Indian journal of veterinary science and animal husbandry - Volume 4,
Year: 1934
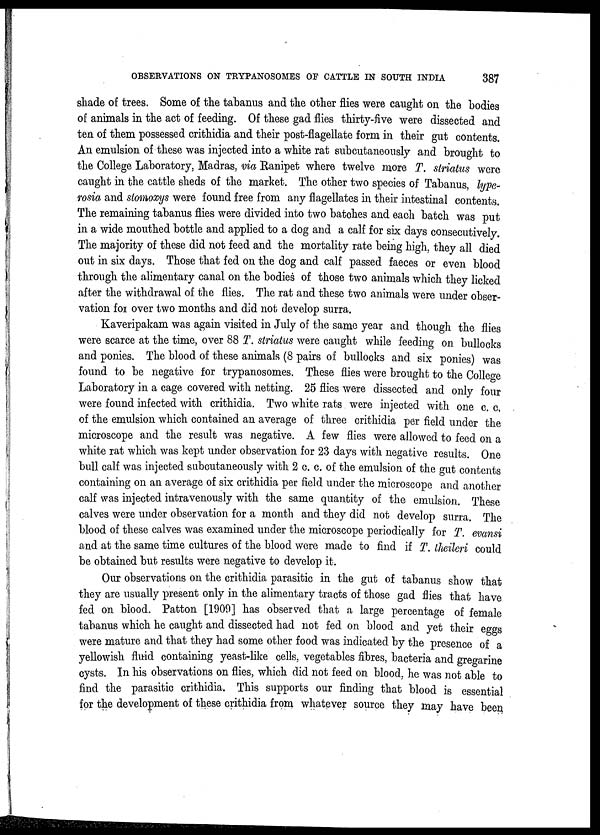
OBSERVATIONS ON TRYPANOSOMES OF CATTLE IN SOUTH INDIA
387
shade of trees. Some of the tabanus and the other flies were caught on the bodies
of animals in the act of feeding. Of these gad flies thirty-five were dissected and
ten of them possessed crithidia and their post-flagellate form in their gut contents.
An emulsion of these was injected into a white rat subcutaneously and brought to
the College Laboratory, Madras, via Ranipet where twelve more T. striatus were
caught in the cattle sheds of the market. The other two species of Tabanus, lype-
rosia and stomoxys were found free from any flagellates in their intestinal contents.
The remaining tabanus flies were divided into two batches and each batch was put
in a wide mouthed bottle and applied to a dog and a calf for six days consecutively.
The majority of these did not feed and the mortality rate being high, they all died
out in six days. Those that fed on the dog and calf passed faeces or even blood
through the alimentary canal on the bodies of those two animals which they licked
after the withdrawal of the flies. The rat and these two animals were under obser-
vation for over two months and did not develop surra.
Kaveripakam was again visited in July of the same year and though the flies
were scarce at the time, over 88 T. striatus were caught while feeding on bullocks
and ponies. The blood of these animals (8 pairs of bullocks and six ponies) was
found to be negative for trypanosomes. These flies were brought to the College
Laboratory in a cage covered with netting. 25 flies were dissected and only four
were found infected with crithidia. Two white rats were injected with one c. c.
of the emulsion which contained an average of three crithidia per field under the
microscope and the result was negative. A few flies were allowed to feed on a
white rat which was kept under observation for 23 days with negative results. One
bull calf was injected subcutaneously with 2 c. c. of the emulsion of the gut contents
containing on an average of six crithidia per field under the microscope and another
calf was injected intravenously with the same quantity of the emulsion. These
calves were under observation for a month and they did not develop surra. The
blood of these calves was examined under the microscope periodically for T. evansi
and at the same time cultures of the blood were made to find if T. theileri could
be obtained but results were negative to develop it.
Our observations on the crithidia parasitic in the gut of tabanus show that
they are usually present only in the alimentary tracts of those gad flies that have
fed on blood. Patton [1909] has observed that a large percentage of female
tabanus which he caught and dissected had not fed on blood and yet their eggs
were mature and that they had some other food was indicated by the presence of a
yellowish fluid containing yeast-like cells, vegetables fibres, bacteria and gregarine
cysts. In his observations on flies, which did not feed on blood, he was not able to
find the parasitic crithidia. This supports our finding that blood is essential
for the development of these crithidia from whatever source they may have been